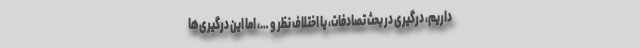
داریم، درگیری در بحث تصادفات، یا اختلاف نظر و …، اما این درگیری‌ها